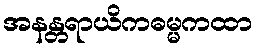
အနန္တရာယိကဓမ္မကထာ